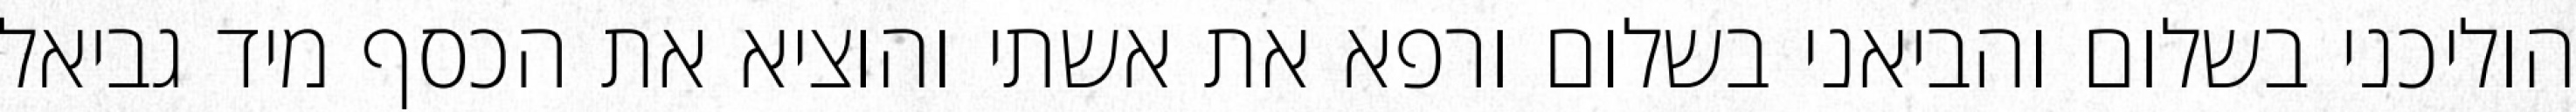
הוליכני בשלום והביאני בשלום ורפא את אשתי והוציא את הכסף מיד גביאל